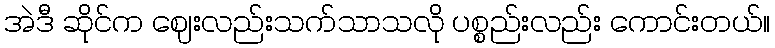
အဲဒီ ဆိုင်က ဈေးလည်းသက်သာသလို ပစ္စည်းလည်း ကောင်းတယ်။